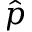
\hat { p }